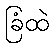
ခြံထဲ